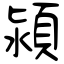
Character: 潁